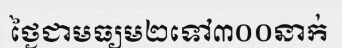
ថ្ងៃជាមធ្យម២ទៅ៣០០នាក់